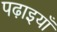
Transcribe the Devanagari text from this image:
पढ़ाइयाँ